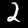
Digit: 2